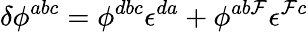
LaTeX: \delta\phi^{abc}=\phi^{dbc}\epsilon^{da}+\phi^{ab\mathcal{F}}\epsilon^{\mathcal{F}c}